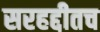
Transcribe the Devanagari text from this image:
सरहद्दीतच